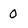
Character: 0